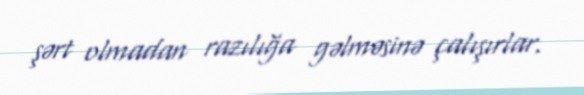
şərt olmadan razılığa gəlməsinə çalışırlar.